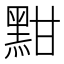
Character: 黚